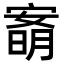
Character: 𡪙